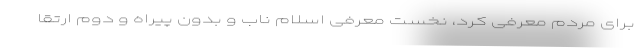
برای مردم معرفی کرد، نخست معرفی اسلام ناب و بدون پیراه و دوم ارتقا